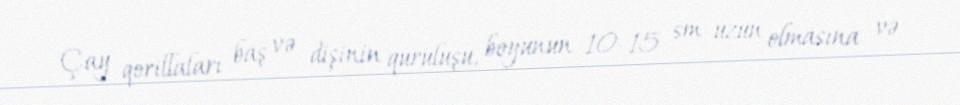
Çay qorillaları baş və dişinin quruluşu, boyunun 10–15 sm uzun olmasına və